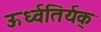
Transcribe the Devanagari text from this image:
ऊर्ध्वतिर्यक्‌